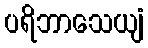
ပရိဘာသေယျံ